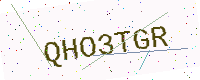
Text: QHO3TGR